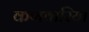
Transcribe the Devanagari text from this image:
कणवारिया